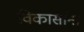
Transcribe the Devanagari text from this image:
विकासांना